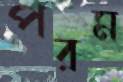
পরম